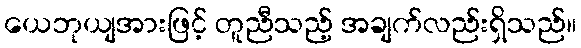
ယေဘုယျအားဖြင့် တူညီသည့် အချက်လည်းရှိသည်။